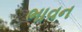
ભાવન